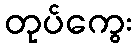
တုပ်ကွေး